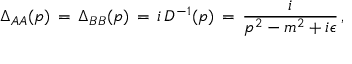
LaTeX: \Delta _ { A A } ( p ) \, = \, \Delta _ { B B } ( p ) \, = \, i \, { \cal D } ^ { - 1 } ( p ) \, = \, \frac { i } { p ^ { 2 } - m ^ { 2 } + i \epsilon } \, ,